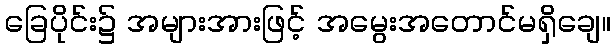
ခြေပိုင်း၌ အများအားဖြင့် အမွေးအတောင်မရှိချေ။